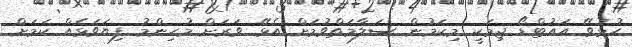
ހުޅުވޭ އައުޓްޑޯ ޖިމަކީ މިކަމުން ސަލާމަތްވުމަށް އެޅޭ ވަރަށް މުހިންމު ފިޔަވަޅެއް ކަމަށް